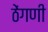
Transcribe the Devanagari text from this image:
ठेंगणी